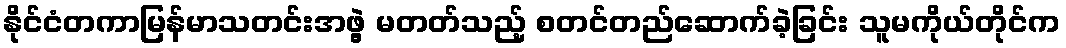
နိုင်ငံတကာမြန်မာသတင်းအဖွဲ့ မတတ်သည့် စတင်တည်ဆောက်ခဲ့ခြင်း သူမကိုယ်တိုင်က